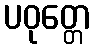
ပဝုတ္တေ